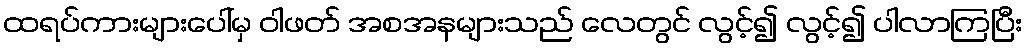
ထရပ်ကားများပေါ်မှ ဝါဖတ် အစအနများသည် လေတွင် လွင့်၍ လွင့်၍ ပါလာကြပြီး